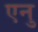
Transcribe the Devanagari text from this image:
एनु